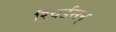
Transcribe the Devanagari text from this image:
रिचर्डसन्